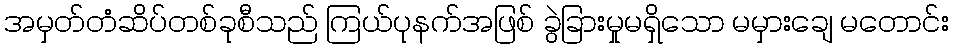
အမှတ်တံဆိပ်တစ်ခုစီသည် ကြယ်ပုနက်အဖြစ် ခွဲခြားမှုမရှိသော မမှားချေ မတောင်း